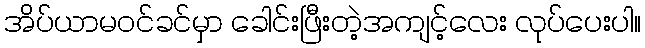
အိပ်ယာမဝင်ခင်မှာ ခေါင်းဖြီးတဲ့အကျင့်လေး လုပ်ပေးပါ။